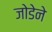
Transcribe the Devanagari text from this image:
जोडेने